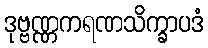
ဒုဗ္ဗဏ္ဏကရဏသိက္ခာပဒံ